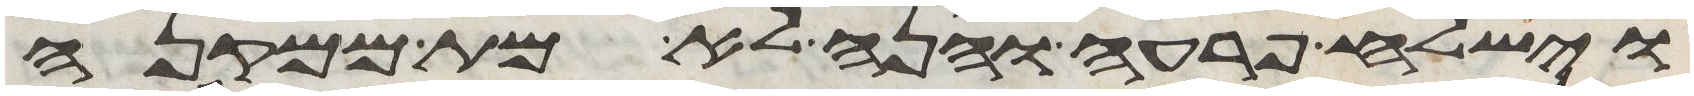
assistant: וישלח פרעה והנה לא מת ממקנה